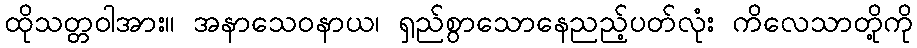
ထိုသတ္တဝါအား။ အနာသေဝနာယ၊ ရှည်စွာသောနေညည့်ပတ်လုံး ကိလေသာတို့ကို